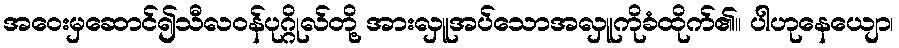
အဝေးမှဆောင်၍သီလဝန်ပုဂ္ဂိုလ်တို့ အားလှူအပ်သောအလှူကိုခံထိုက်၏။ ပါဟုနေယျော၊